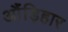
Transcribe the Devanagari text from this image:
औंड़िहार